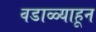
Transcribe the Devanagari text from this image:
वडाळ्याहून